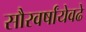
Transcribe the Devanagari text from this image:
सौरवर्षांयेवढे